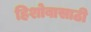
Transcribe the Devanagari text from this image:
हिशोबासाठी